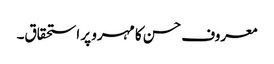
معروف حسن کا مہرو پر استحقاق۔